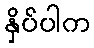
နှိပ်ပါက